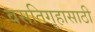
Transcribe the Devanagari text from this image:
वसतिगृहासाठी